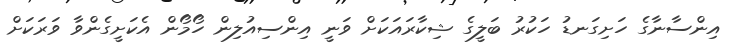
އިންސާނާގެ ހަށިގަނޑު ހަކުރު ބަލީގެ ޝިކާރައަކަށް ވަނީ އިންސިއުލިން ހޯމޯން އެކަށީގެންވާ ވަރަކަށް